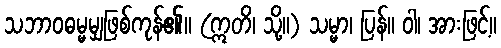
သဘာဝဓမ္မမျှဖြစ်ကုန်၏။ (ဣတိ၊ သို့။) သမ္မာ၊ ပြန်။ ဝါ၊ အားဖြင့်။